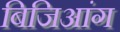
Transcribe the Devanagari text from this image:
बिजिआंग